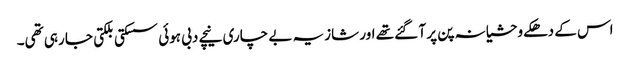
اس کے دھکے وحشیانہ پن پر آ گئے تھے اور شازیہ بے چاری نیچے دبی ہوئی سسکتی بلکتی جا رہی تھی۔